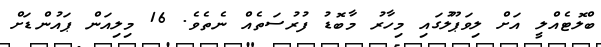
ބްލޮޓެއްލީ އަށް ލިވަޕޫލުގައި މިހާރު މާބޮޑު ފުރުސަތެއް ނެތެވެ. 16 މިލިއަން ޕައުންޑަށް